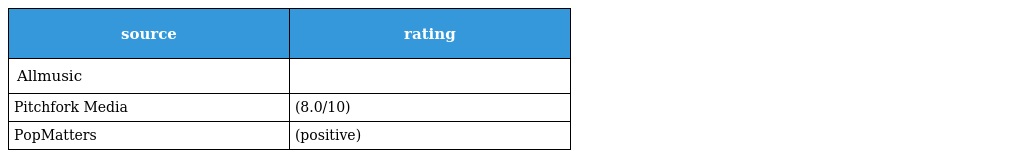
| source | rating |
 | --- | --- |
 | Allmusic |  |
 | Pitchfork Media | (8.0/10) |
 | PopMatters | (positive) |